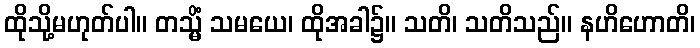
ထိုသို့မဟုတ်ပါ။ တသ္မိံ သမယေ၊ ထိုအခါ၌။ သတိ၊ သတိသည်။ နဟိဟောတိ၊